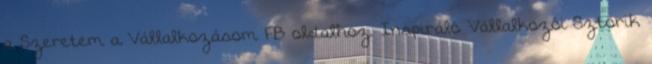
a Szeretem a Vállalkozásom FB oldalhoz. Inspiráló Vállalkozói Sztorik